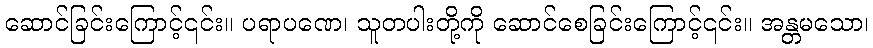
ဆောင်ခြင်းကြောင့်၎င်း။ ပရာပဏေ၊ သူတပါးတို့ကို ဆောင်စေခြင်းကြောင့်၎င်း။ အန္တမသော၊